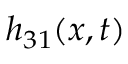
h _ { 3 1 } ( x , t )